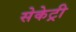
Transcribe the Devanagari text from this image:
सेकेट्री